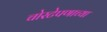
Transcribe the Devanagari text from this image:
चोरटेपणाच्या